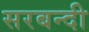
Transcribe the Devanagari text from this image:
सरबन्दी